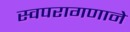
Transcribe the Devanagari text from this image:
स्वपरागणाने